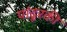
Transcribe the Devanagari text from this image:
पांढूरकी